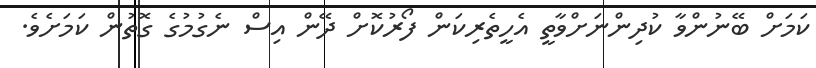
ކަމަށް ބޭނުންވާ ކުދިންނަށްވާތީ އެހީތެރިކަން ފޯރުކޮށް ދޭން އިސް ނެގުމުގެ ގޮތުން ކަމަށެވެ.